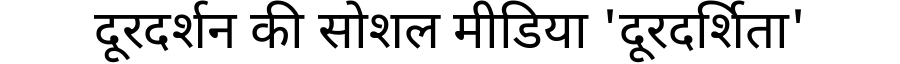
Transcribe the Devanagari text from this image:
दूरदर्शन की सोशल मीडिया 'दूरदर्शिता'